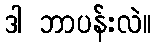
ဒါ ဘာပန်းလဲ။